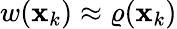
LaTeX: w(\mathbf{x}_{k})\approx\varrho(\mathbf{x}_{k})